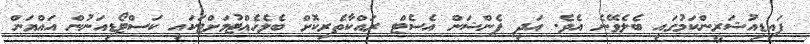
ފައިޑިއުޝަރީންކަމުގައި ބެލެވޭނެ އެވެ. އަދި ޕެންޝަން އެސެޓް ރައްކާތެރިކޮށް ބެލެހެއްޓުމަށްޓަކައި ކަސްޓޯޑިއަނުން އައްޔަން